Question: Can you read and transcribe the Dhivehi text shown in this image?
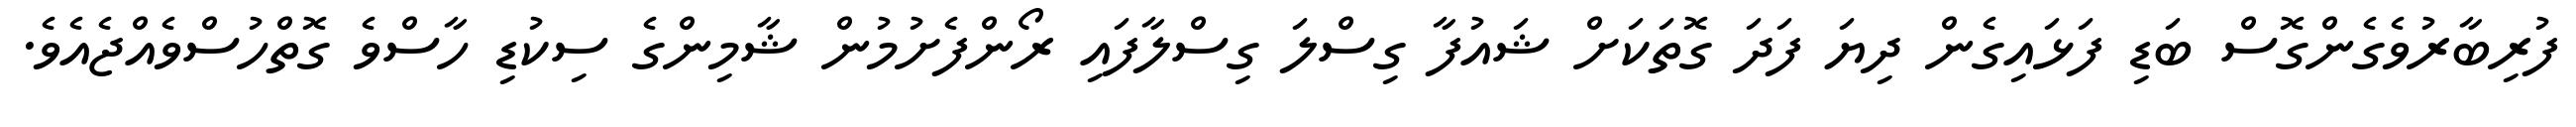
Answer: ފުރިބާރުވެގެންގޮސް ބަޑި ފަޅައިގެން ދިޔަ ފަދަ ގޮތަކަށް ޝައުފާ ގިސްލަ ގިސްލާފައި ރޯންފެށުމުން ޝާމިންގެ ސިކުޑި ހާސްވެ ގޮތްހުސްވެއްޖެއެވެ.